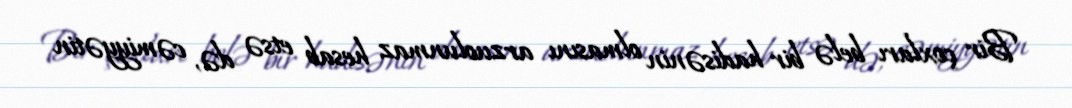
Bir çoxları belə bir hadisənin olmasını arzuolunmaz hesab etsə də, cəmiyyətin